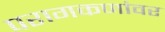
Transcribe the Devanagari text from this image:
परागकणांवर